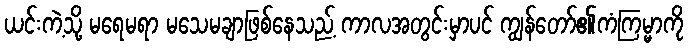
ယင်းကဲ့သို့ မရေမရာ မသေမချာဖြစ်နေသည့် ကာလအတွင်းမှာပင် ကျွန်တော်၏ကံကြမ္မာကို